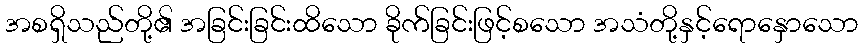
အစရှိသည်တို့၏ အခြင်းခြင်းထိသော ခိုက်ခြင်းဖြင့်စသော အသံတို့နှင့်ရောနှောသော